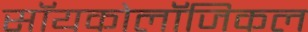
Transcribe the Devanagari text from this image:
सॉयकोलॉजिकल